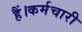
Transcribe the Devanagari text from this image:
हैं।कर्मचारी